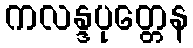
ကလန္ဒပုတ္တေန